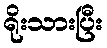
ရိုးသားပြီး